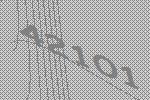
42101